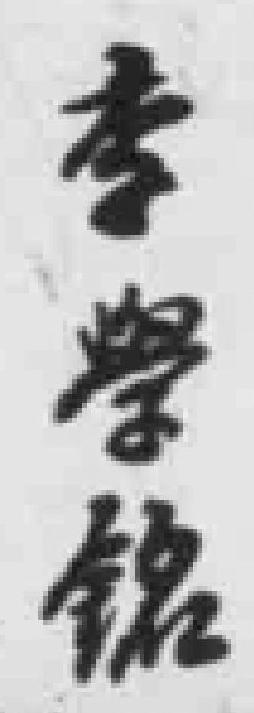
李學銘